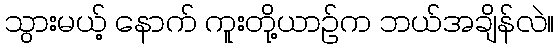
သွားမယ့် နောက် ကူးတို့ယာဉ်က ဘယ်အချိန်လဲ။